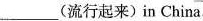
___(流行起来)in China.